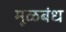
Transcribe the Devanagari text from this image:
मूळबंध